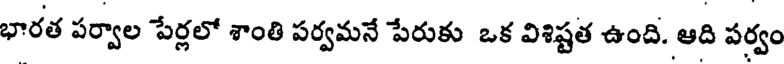
భారత పర్వాల పేర్లలో శాంతి పర్వమనే పేరుకు ఒక విశిష్టత ఉంది. ఆది పర్వం